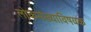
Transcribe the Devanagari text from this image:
लोकसंख्याविषयक